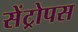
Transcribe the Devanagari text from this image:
सेंट्रोपस